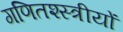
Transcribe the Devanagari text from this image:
गणितश्स्त्रीयों